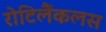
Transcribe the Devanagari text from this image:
रोटिलैंकलस